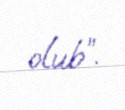
olub”.